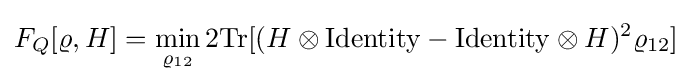
F_{Q}[\varrho ,H]=\min _{\varrho _{12}}2{\rm {Tr}}[(H\otimes {\rm {Identity}}-{\rm {Identity}}\otimes H)^{2}\varrho _{12}]